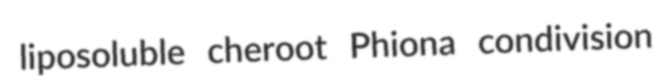
liposoluble cheroot Phiona condivision